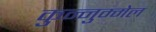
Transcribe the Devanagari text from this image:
कुन्नुम्मेल